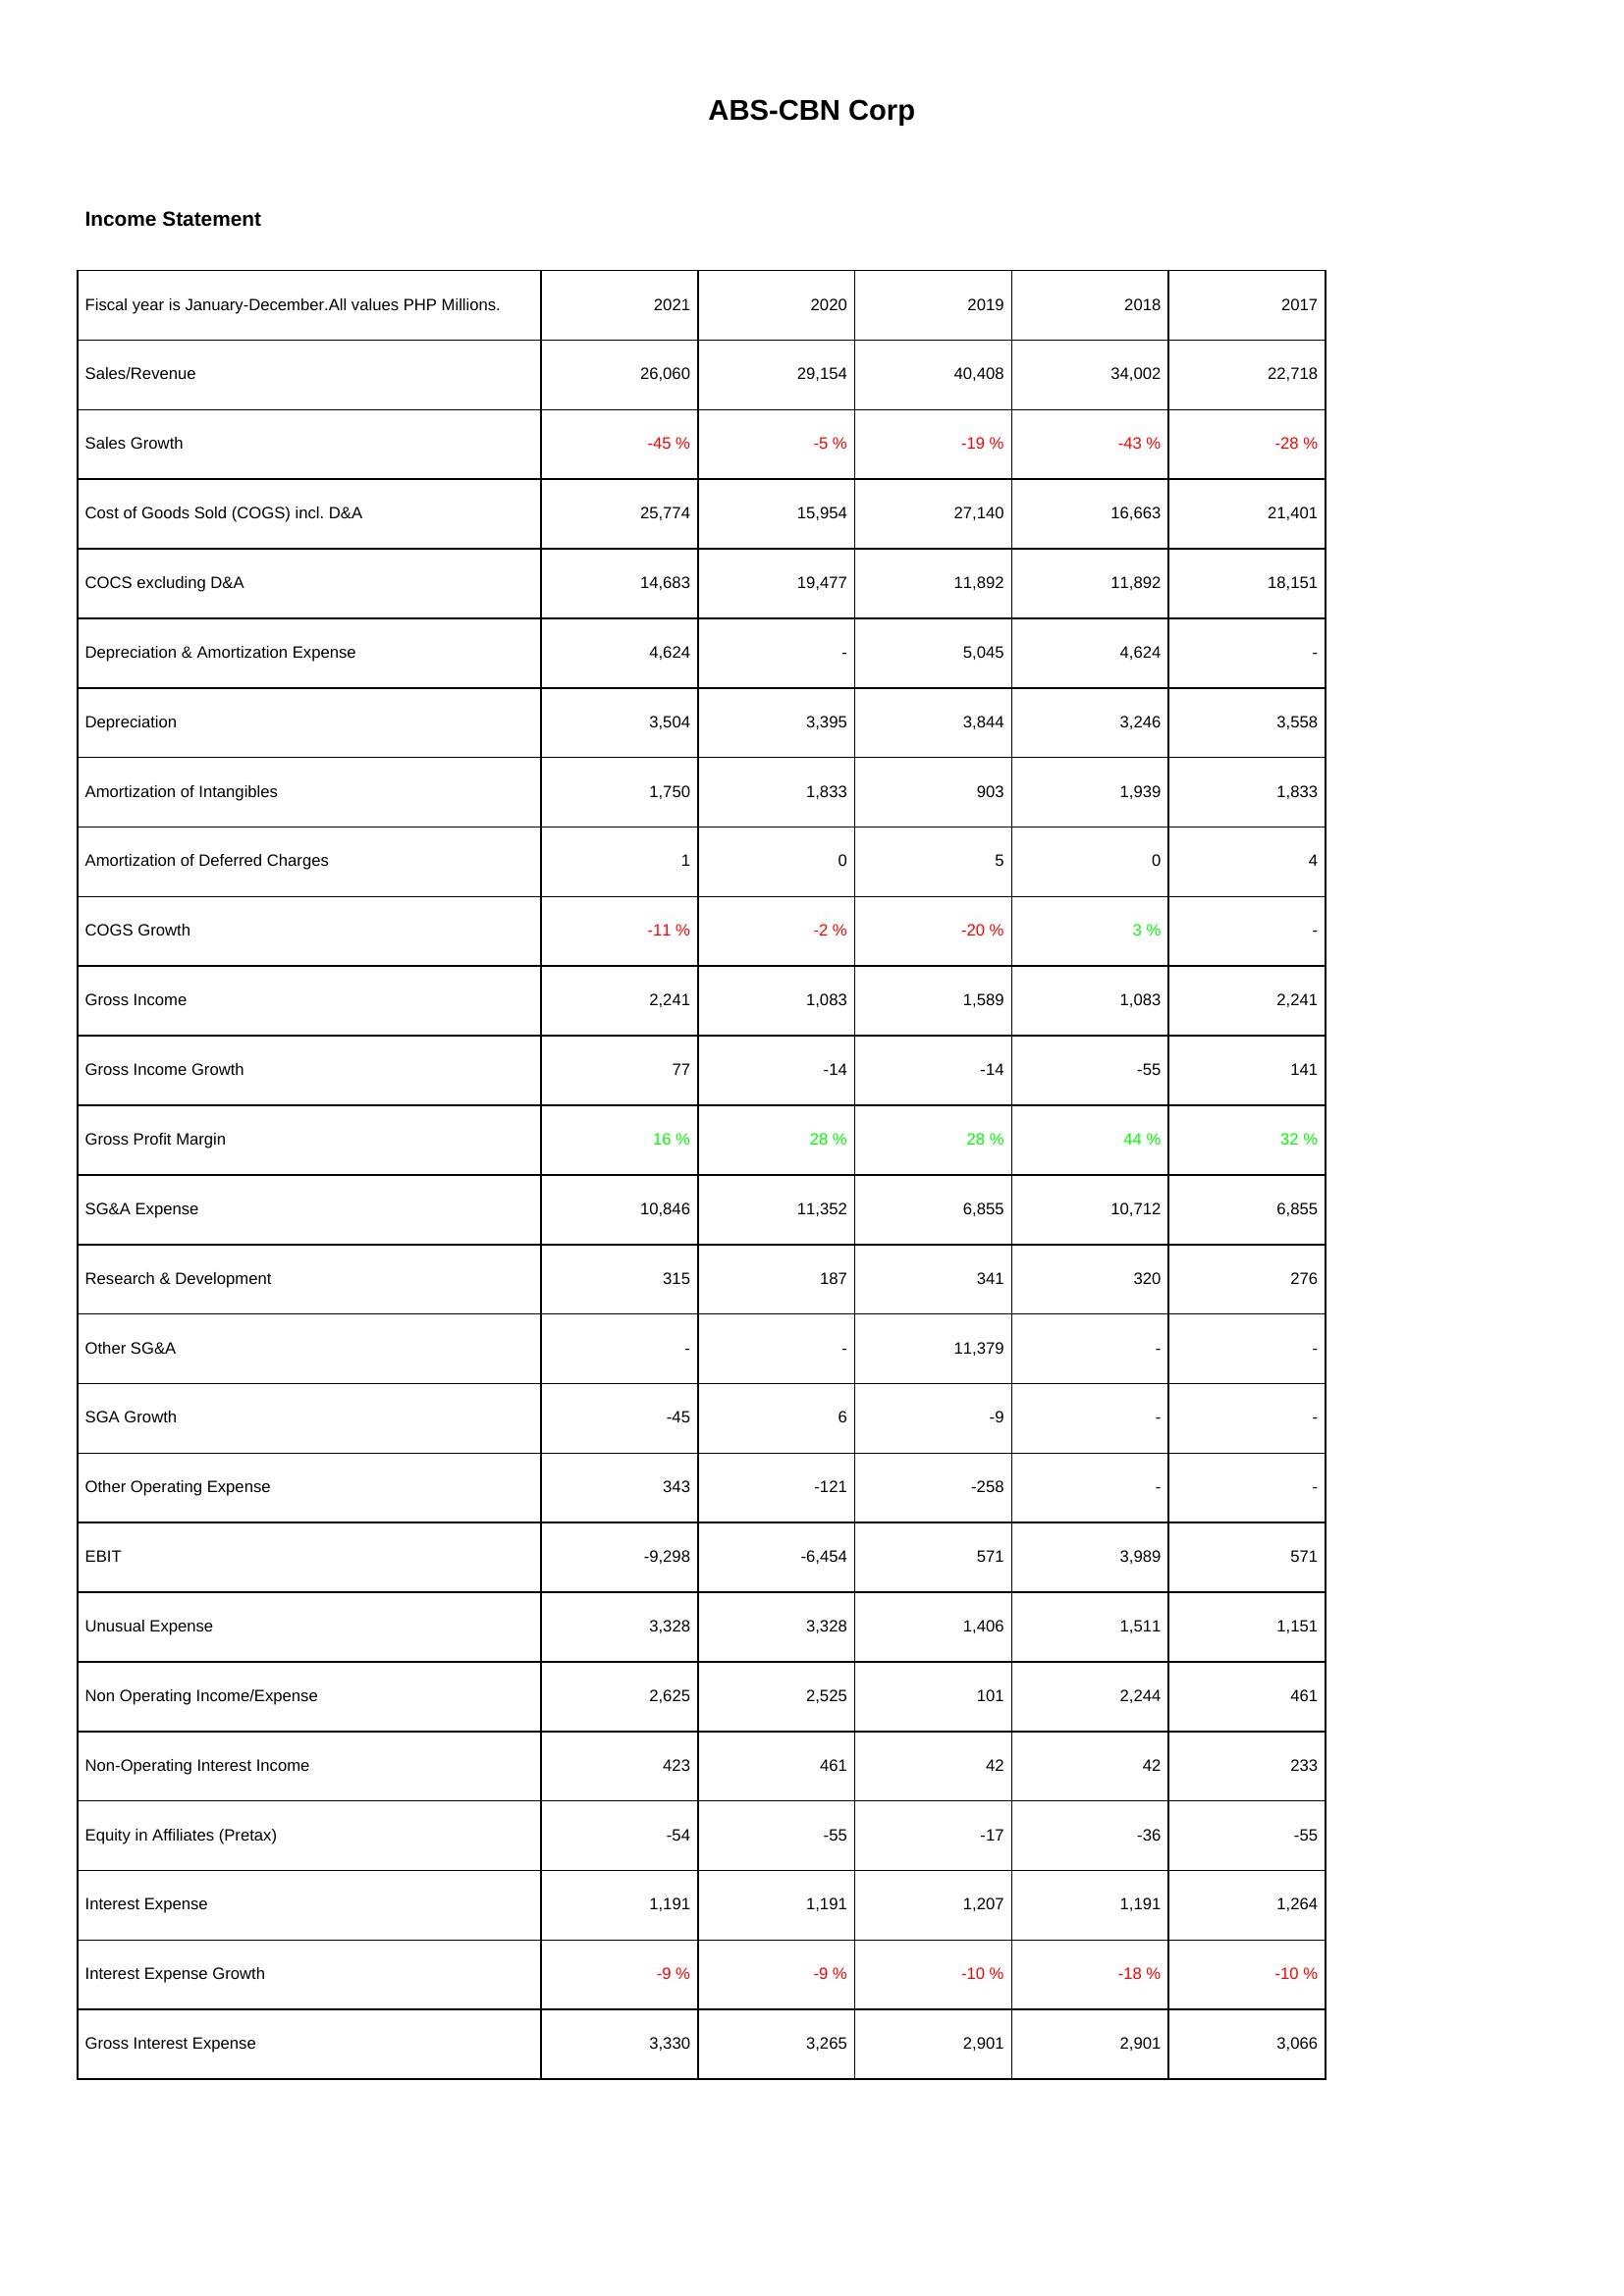
2021: Income Statement: Sales/Revenue: 26,060
Sales Growth: -45 %
Cost of Goods Sold (COGS) incl. D&A: 25,774
COCS excluding D&A: 14,683
Depreciation & Amortization Expense: 4,624
Depreciation: 3,504
Amortization of Intangibles: 1,750
Amortization of Deferred Charges: 1
COGS Growth: -11 %
Gross Income: 2,241
Gross Income Growth: 77
Gross Profit Margin: 16 %
SG&A Expense: 10,846
Research & Development: 315
Other SG&A: -
SGA Growth: -45
Other Operating Expense: 343
EBIT: -9,298
Unusual Expense: 3,328
Non Operating Income/Expense: 2,625
Non-Operating Interest Income: 423
Equity in Affiliates (Pretax): -54
Interest Expense: 1,191
Interest Expense Growth: -9 %
Gross Interest Expense: 3,330
2020: Income Statement: Sales/Revenue: 29,154
Sales Growth: -5 %
Cost of Goods Sold (COGS) incl. D&A: 15,954
COCS excluding D&A: 19,477
Depreciation & Amortization Expense: -
Depreciation: 3,395
Amortization of Intangibles: 1,833
Amortization of Deferred Charges: 0
COGS Growth: -2 %
Gross Income: 1,083
Gross Income Growth: -14
Gross Profit Margin: 28 %
SG&A Expense: 11,352
Research & Development: 187
Other SG&A: -
SGA Growth: 6
Other Operating Expense: -121
EBIT: -6,454
Unusual Expense: 3,328
Non Operating Income/Expense: 2,525
Non-Operating Interest Income: 461
Equity in Affiliates (Pretax): -55
Interest Expense: 1,191
Interest Expense Growth: -9 %
Gross Interest Expense: 3,265
2019: Income Statement: Sales/Revenue: 40,408
Sales Growth: -19 %
Cost of Goods Sold (COGS) incl. D&A: 27,140
COCS excluding D&A: 11,892
Depreciation & Amortization Expense: 5,045
Depreciation: 3,844
Amortization of Intangibles: 903
Amortization of Deferred Charges: 5
COGS Growth: -20 %
Gross Income: 1,589
Gross Income Growth: -14
Gross Profit Margin: 28 %
SG&A Expense: 6,855
Research & Development: 341
Other SG&A: 11,379
SGA Growth: -9
Other Operating Expense: -258
EBIT: 571
Unusual Expense: 1,406
Non Operating Income/Expense: 101
Non-Operating Interest Income: 42
Equity in Affiliates (Pretax): -17
Interest Expense: 1,207
Interest Expense Growth: -10 %
Gross Interest Expense: 2,901
2018: Income Statement: Sales/Revenue: 34,002
Sales Growth: -43 %
Cost of Goods Sold (COGS) incl. D&A: 16,663
COCS excluding D&A: 11,892
Depreciation & Amortization Expense: 4,624
Depreciation: 3,246
Amortization of Intangibles: 1,939
Amortization of Deferred Charges: 0
COGS Growth: 3 %
Gross Income: 1,083
Gross Income Growth: -55
Gross Profit Margin: 44 %
SG&A Expense: 10,712
Research & Development: 320
Other SG&A: -
SGA Growth: -
Other Operating Expense: -
EBIT: 3,989
Unusual Expense: 1,511
Non Operating Income/Expense: 2,244
Non-Operating Interest Income: 42
Equity in Affiliates (Pretax): -36
Interest Expense: 1,191
Interest Expense Growth: -18 %
Gross Interest Expense: 2,901
2017: Income Statement: Sales/Revenue: 22,718
Sales Growth: -28 %
Cost of Goods Sold (COGS) incl. D&A: 21,401
COCS excluding D&A: 18,151
Depreciation & Amortization Expense: -
Depreciation: 3,558
Amortization of Intangibles: 1,833
Amortization of Deferred Charges: 4
COGS Growth: -
Gross Income: 2,241
Gross Income Growth: 141
Gross Profit Margin: 32 %
SG&A Expense: 6,855
Research & Development: 276
Other SG&A: -
SGA Growth: -
Other Operating Expense: -
EBIT: 571
Unusual Expense: 1,151
Non Operating Income/Expense: 461
Non-Operating Interest Income: 233
Equity in Affiliates (Pretax): -55
Interest Expense: 1,264
Interest Expense Growth: -10 %
Gross Interest Expense: 3,066